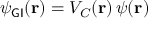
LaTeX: \psi _ { \sf G I } ( { \bf { r } } ) = V _ { \cal { C } } ( { \bf { r } } ) \, \psi ( { \bf { r } } )